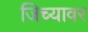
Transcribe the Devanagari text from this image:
जिच्यावर